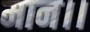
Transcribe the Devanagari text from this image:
मान।।